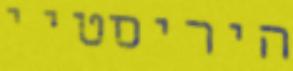
היריסטיי